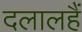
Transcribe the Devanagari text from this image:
दलालहैं